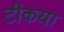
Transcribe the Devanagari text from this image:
टीकया